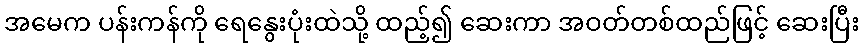
အမေက ပန်းကန်ကို ရေနွေးပုံးထဲသို့ ထည့်၍ ဆေးကာ အဝတ်တစ်ထည်ဖြင့် ဆေးပြီး